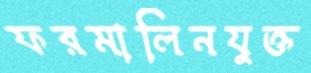
ফরমালিনযুক্ত